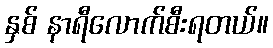
နှစ် နာရီလောက်စီးရတယ်။